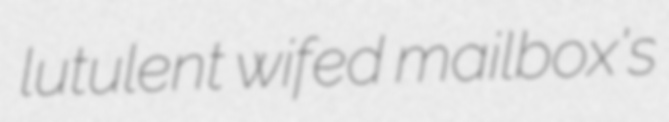
lutulent wifed mailbox's